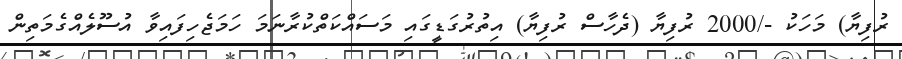
ރުފިޔާ) މަހަކު -/2000 ރުފިޔާ (ދެހާސް ރުފިޔާ) އިތުރުގަޑީގައި މަސައްކަތްކުރާނަމަ ހަމަޖެހިފައިވާ އުސޫލެއްގެމަތިން